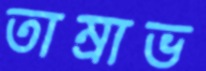
তাম্রাভ